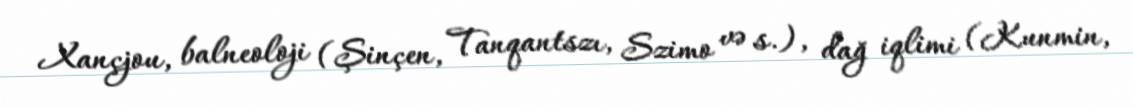
Xançjou, balneoloji (Şinçen, Tanqantszı, Szimo və s.), dağ iqlimi (Kunmin,